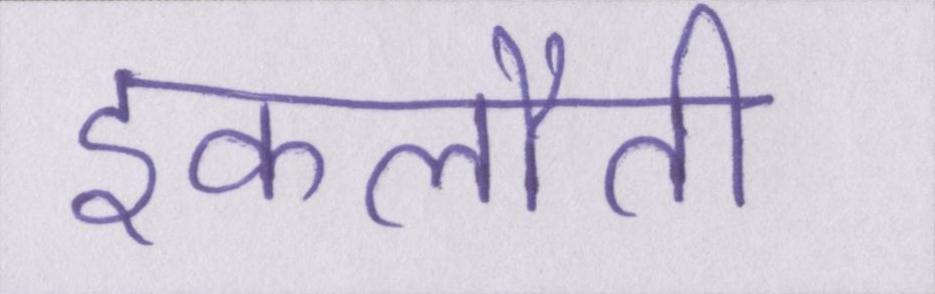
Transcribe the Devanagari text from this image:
इकलौती